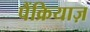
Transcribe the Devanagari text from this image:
पैंक्रियाज़